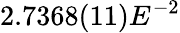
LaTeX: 2.7368(11)E^{-2}